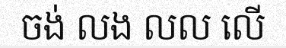
ចង់ លង លល លើ